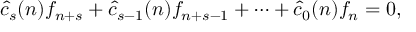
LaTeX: { \widehat { c } } _ { s } ( n ) f _ { n + s } + { \widehat { c } } _ { s - 1 } ( n ) f _ { n + s - 1 } + \cdots + { \widehat { c } } _ { 0 } ( n ) f _ { n } = 0 ,